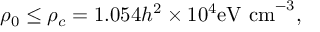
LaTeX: \rho _ { 0 } \leq \rho _ { c } = 1 . 0 5 4 h ^ { 2 } \times 1 0 ^ { 4 } \mathrm { e V ~ c m } ^ { - 3 } ,